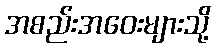
အစည်းအဝေးများသို့